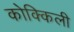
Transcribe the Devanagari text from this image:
कोक्किली